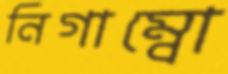
নিগাম্বো